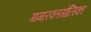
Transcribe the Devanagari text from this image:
गामारक्तगोलिका